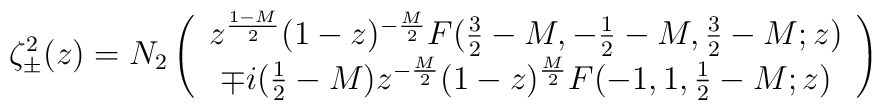
\zeta_\pm^2(z)=N_2\left(\begin{array}{c}z^{\frac{1-M}{2}}(1-z)^{-\frac{M}{2}}F(\frac{3}{2}-M,-\frac{1}{2}-M,\frac{3}{2}-M;z) \\\mp i(\frac{1}{2}-M)z^{-\frac{M}{2}}(1-z)^{\frac{M}{2}}F(-1,1,\frac{1}{2}-M;z)\\\end{array}\right)